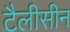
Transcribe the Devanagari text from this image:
टैलीसीन